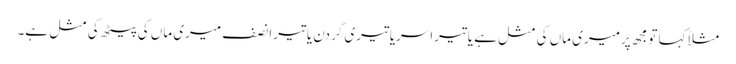
مثلاًکہا تومجھ پرمیری ماں کی مثل ہے یاتیراسریاتیری گردن یاتیرانصف میری ماں کی پیٹھ کی مثل ہے۔